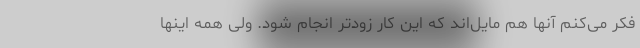
فکر می‌کنم آنها هم مایل‌اند که این کار زودتر انجام شود. ولی همه اینها